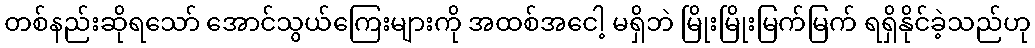
တစ်နည်းဆိုရသော် အောင်သွယ်ကြေးများကို အထစ်အငေါ့ မရှိဘဲ မြိုးမြိုးမြက်မြက် ရရှိနိုင်ခဲ့သည်ဟု